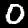
Label: 0